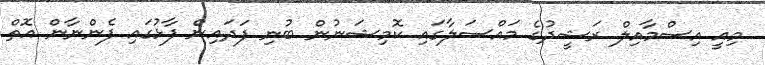
މިއީ އިސްމާއިލް ރަޝީދުގެ މައްސަލާގައި ކޮމިޝަނުން ބުނި ފަދައިން ފާޅުގައި ފެންނާން އޮތް